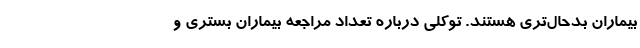
بیماران بدحال‌تری هستند. توکلی درباره تعداد مراجعه بیماران بستری و